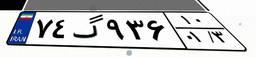
۷۴گ۹۳۶۱۰